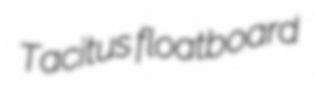
Tacitus floatboard